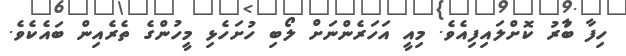
ހިފާ ބާުރު ކޮށްލައިފިއެވެ. މިއީ އަހަރެންނަށް ލޯބި ހުށަހެޅި މީހުންގެ ތެރެއިން ބައެކެވެ.